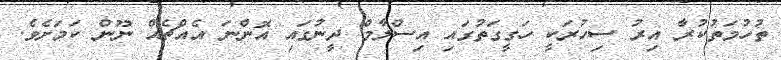
ތުހުމަތުކުރާ އިރު ސިހުރަކީ ހަގީގަތުގައި އިސްލާމް ދީނުގައި އޮންނަ އެއްޗެއް ނޫން ކަމަށެވެ.